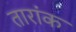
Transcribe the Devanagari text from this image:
तारांक